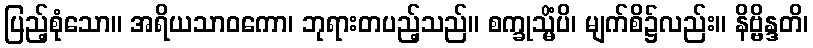
ပြည့်စုံသော။ အရိယသာဝကော၊ ဘုရားတပည့်သည်။ စက္ခုသ္မိံပိ၊ မျက်စိ၌လည်း။ နိဗ္ဗိန္ဒတိ၊